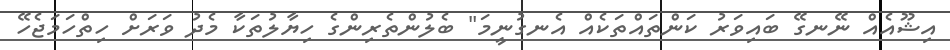
އިޝޫއެއް ނޭނގޭ ބައިވަރު ކަންތައްތަކެއް އެނގުނީމަ" ބެލުންތެރިންގެ ހިޔާލުތަކާ މެދު ވަރަށް ހިތްހަމަޖެހޭ